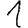
Digit: 1